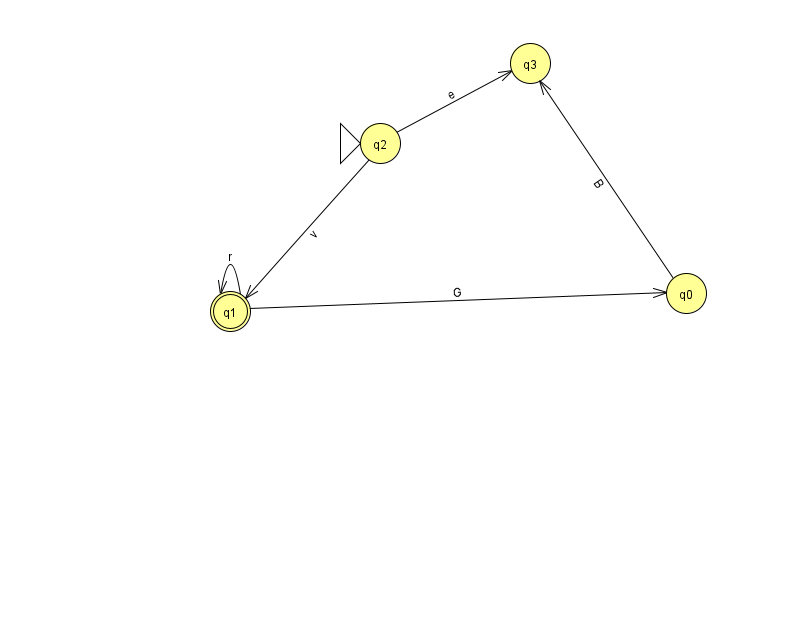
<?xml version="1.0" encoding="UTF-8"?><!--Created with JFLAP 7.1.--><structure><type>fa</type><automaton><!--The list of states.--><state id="0" name="q0"><x>686.0</x><y>280.0</y></state><state id="1" name="q1"><x>230.0</x><y>298.0</y><final/></state><state id="2" name="q2"><x>380.0</x><y>130.0</y><initial/></state><state id="3" name="q3"><x>530.0</x><y>50.0</y></state><!--The list of transitions.--><transition><from>1</from><to>1</to><read>r</read></transition><transition><from>2</from><to>3</to><read>e</read></transition><transition><from>0</from><to>3</to><read>B</read></transition><transition><from>1</from><to>0</to><read>G</read></transition><transition><from>2</from><to>1</to><read>v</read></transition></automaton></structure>